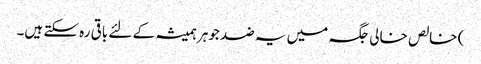
) خالص خالی جگہ میں یہ ضد جوہر ہمیشہ کے لئے باقی رہ سکتے ہیں۔